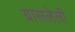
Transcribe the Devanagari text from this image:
ग्रासलेली